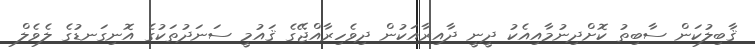
ޤާބިލުކަން ސާބިތު ކޮށްދިނުމާއިއެކު ދީނީ ދާއިރާއަކުން ދިވެހިރާއްޖޭގެ ޤައުމީ ސަނަދުތަކުގެ އޮނިގަނޑުގެ ލެވެލް